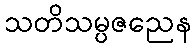
သတိသမ္ပဇညေန